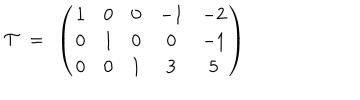
{ \cal T } ~ = ~ \left( \begin{matrix} { { 1 } } & { { 0 } } & { { 0 } } & { { - 1 } } & { { - 2 } } \\ { { 0 } } & { { 1 } } & { { 0 } } & { { 0 } } & { { - 1 } } \\ { { 0 } } & { { 0 } } & { { 1 } } & { { 3 } } & { { 5 } } \\ \end{matrix} \right)